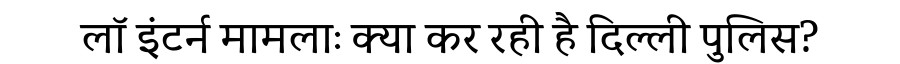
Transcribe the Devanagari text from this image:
लॉ इंटर्न मामलाः क्या कर रही है दिल्ली पुलिस?